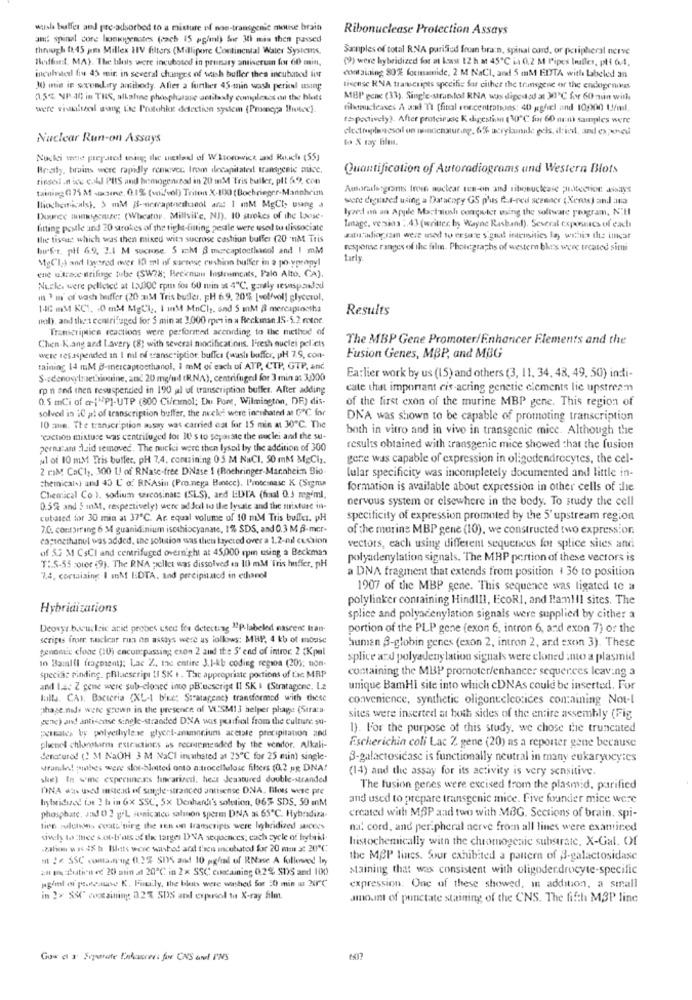
wash buffer and pre-adsorbed to a mixture of non-transgenic mousse brain
Ribonuclease Protection Assays
am! spinal core honvigentes (cach 15 pg/ml) for 30 min then passed
through 01:45 pm Millex HIV filters (Millipore Continental Water Systems,
Samples of total R.NA purified from bran, spinal cord, or peripheral nerve
Bedthat, MA). The hills were incubated in primary antiseruin for 60 min,
(9) were hybridized for at least 12 h at 45℃ ia 0,2 M Pipes truffes, pl 64,
incubated fiu 45 mir in several changes of weish buffer thea incubated fist
containing 80% formamide, 2 M NaCI, and 5 mM EDTA with labeled an
30 min in soccomdiry antibody. Alier a further 45-min wash period using
license RNA transcripts specific far cither the transgene or the endogrnives
0.5% NP.16 in THS, alkaline phosphatase antibody complexes on the blatt
MBl' gene (33). Single-strandof RNA was diposted at 30"℃ for 60 man with
were riskitol wang Le Protohlot delection system (Promega Biotec]
filenucleases A and 0 (fital rescentratsans: 40 ggfal and 10000 U/ml.
fåpoctively). After proteinuse K eligestima (30℃ for 60 nen) samples were
electrophasesol on icenatur.se, 6% acrybanka eds, dial, and expense
Nuclear Run-on Assays
Nucki were prepared wing; the misled of W.Itorowick and Rucha (55)
Really, twains were rapidly removee Inom ilecapitatest transgenic alice.
Quantification of Autoradiograms and Western Blots
tirdel .n wu cold PIS and benwogen sed in 20 mM Tris buller, plt 6.9. con
taining ( 71 M -aczene, 0.1% (vid/vol) Triton X-100 (Bochrieger-Mannheim
Amorallesgroms Iron nuclear ren-in and ribonuclease protection assays
were cesaret using a Datacopy GS p'us f.t-red scanner {Xerox) and ana
Biochemicals}. 5 mM j-nescapeneshinol arat 1 mM MgCl, using a
lyzed an an Apple Mactosh computer using the software program, N.Il
Inec masem (Wheator, Millvil'e, NJ). 10 strokes of the Loose-
fitting pestle and 20 strokes of the tight-fitting pestle were used to dissociate
Image, version : 43 (writter by Wayne Rasband). Several exposacs of each
the tiscat which was then mixed with sucrose castion buffer (20 -nM Tris
saturadiogoaan were used to ersare signat indensities lay within the ithcar
buf-t. pt 6.9. 2.1 M sucine, S aM $ mercaptoctlescol and I mM
response ranges of the film. Photographs of western bless were treated simi
MgCla) and Iwysred ower 10 ml of sarsose cushion buffer in a po-ypropyl
tarl
ene w.trace nrifuge tube (SW28; Becknum Instrumcats, Palo Alto. CA).
Nezle, were pelleted at 13000 rpm dos 60 min = 4℃. geraly sesmspandad
m ' m' of wash buffer (20 3M Tris butler, pH 6.9. 20% [vel/vol] glycerol,
1446 mM KCI, . 0 mM MgCl, I mM MnCl), and 5 mnM @ mercaptostha
Results
dob), and that centrifuged for 5 min at 1,000 mes in a Rockman IS. 5.2 rotoe.
Transcrijuice reactions were performed according to the method of
Chen Kang and I.avery (8) with several nincifications. Fresh nuclei pel'ets
The MBP Gene Promoter/Enhancer Elements and the
were res sipended in I nil of transcription, buffer (washi boffer, pH 7.9, con-
Fusion Genes, MBP, and MBG
mining 14 mM @-mercaptoethanol, I mM of each of ATP, CTP, GTP, and
S. denosyluetsiccine, and 20 mg/ml (R.NA), centrifugal for 3 min a: 3,000
Earlier work by us (15) and others (3, 11, 34, 48, 49, 50) indi-
rp n and then resuspended in 190 al uf transcription buffer. After adding
cate that important cis-acting genetic elements lie upstream
0.5 mCi of a-1"PI-UTP (300 Ci/rmol; Du Pont, Wilmington, DF) dis-
of the first exon of the murine MBP gene. This region of
solved in 10 al of transcription buffer, the necki wore incubated at G℃ for
DNA was shown to be capable of promoting transcription
10 aun. The transcription assay was carried cat for 15 min at 30℃. The
both in vitro and in vivo in transgenic mice. Although the
"(action mixture was centrifuged tor IU s to separate the nuclei and the su-
pernacant :laid removed. The nuclei were then lysod by the addition of 300
results obtained with transgenic mice showed that the fusion
u1 of 10 mM Tris butler. pH 7,4, containing 05 M NaCI, 50 mM MgClz.
gene was capable of expression in oligodendrocytes, the cel-
2 mM CaC12. 300 U! of RNase-free DNase 1 (Rochringer-Marchein Bio.
lular specificity was incompletely documented and little in-
chemical) und 43 U o RNAsin (Pro.nega Buntcc), Proteinese K (Sigma
formation is available about expression in other cells of the
Chemical Co 1. sodium sarcosinate (SLS), and EDTA (faal 0.3 mg/ml,
nervous system or elsewhere in the body. To study the cell
0.5% and 5 mM, respectively) were added to the lysate and the mixture in-
cubated for 30 min at 37℃. Ar. equal volume of 10 mM Tris bullet. pH
specificity of expression promoted by the 5' upstream region
7.0. contarring 6 34 guanidinium ischiocyanate, 1% SDS, and 0.3 M B-mer-
of the marine MBP gene (10), we constructed two expression.
copsnethanul was added, une solution was then layered over a 1.2-nil cushion
of 5.2 M CsCI and centrifuged overnight at 45,000 rpm using a Beckman
vectors, each using different sequences for splice sites and
polyadenylation signals. The MRP pertion of these vectors is
T :. 5-55 poter (9), The RNA pellet was dissolved en 10 mM Tris huffer, pH
a DNA fragment that extends from position + 36 to position
7.4, commaiaing I mM EDTA. and precipitated in ethanol
1907 of the MBP gene. This sequence was ligated te a
polylinker containing HindlIl, EcoRI, and Ramtil sites. The
Hybridizations
splice and polyacenylation signals were supplied by cither a
Deover haudric arid probes etec for detecting 12P-labeled nascent han-
portion of the PLP gene (exon 6, intron 6, and exon 7) or the
seripes from nuclear run on assays were as follows: MBP. 4 kb of mouse
genomic clone (U) encompassing exon 2 and the S' end of intror. 2 Kpel
human 3-globin genes (exon 2, intron 2, and exon 3). These
splice and polyadenylation signals were cloned into a plasmid
10 Bailil fragmenty: Lac Z ., the entire 3.1-kb coding regioa (20): non.
containing the MBP promoter/enhancer sequerces leaving a
speciac vinding. pBluescrips (I SK .. The appropriate portions of fac MRP
and I.a. Z gene were sub-closed into pBocscript II SK & (Stratagene, La
unique BamHI site into which cDNAs could be inserted. For
lolla. CAI. Bacteria (XL-I bike: Stratagene) transformed with these
convenience, synthetic oligonucleorices containing Not-l
phage nads were grown in the presence of V.SMI 3 helper phage (Strata
gene) and antiscuse single-stranded DNA was perfil from the cultare su-
sites were inserted at both sides of the entire assembly (Fig
petrales by polyethylene glycel-anamncium acetate precipitation and
1). For the purpose of this study. we chose the truncated
phenol chlorotarm extractions as recearmended by the vendor. Alkali-
Escherichia coli Lac 2 gene (20) as a reporter gene because
denatured (! M NaOH 3 M NaCl incubated at 25℃ for 25 min) single-
3-galactosicase is functionally neutral in many eukaryocytes
wrande! pinhes were slot-blotted onto a trocellulose filters (0.2 ag DNA!
(14) and the assay for its activity is very sensitive.
she) In wme experuncas lincarined. hest Jesatured double-stranded
DNA was used instead of surge-stranded antisense DNA, Bloes wese pre
The fusion genes were excised from the plasmid, purified
Itsriduod ist 2 la in 6x SSC, 5x Denhard's solution, 06%- SDS. 50 mM
and used to prepare transgenic mice. Five fourkier mice were
phosphate, Jod 0 2 g'L sonicalco salinon sperm DNA a 65℃. Hybridiza-
created with MBP aad two with MBG. Sections of brain. spi-
tien solutions coats ning the ts on transcripts were libridized succes
na: cord, and peripheral nerve froen all lines were examined
sively to thee sost-b'als of the target DNA sequences; each cycle of trybil.
histochemically with the chromogenic substrate, X-Gal. Of
.zalios w 1 48 h Hilets were washed and faci incubated for 20 mm x 20℃
m !< SSC coma.mng 01.2% SI5 and 10 pg/ml of RNase A followed by
the MCP lines. Sour exhibited a pattern of 3-galactosidase
an im zutica e 20 atin at 20℃ in 2x SSC containing 02% SDS and I(0)
staining that was consistent with oligodendrocyte-specific
pg/ml of postcause K. Family, the blas were washed for 20 min m 3'℃
expression. One of these showed, in addition, a small
in 2> SSC containing 0.2% SDS and expriol ta X-ray film.
amount of punctate staining of the CNS. The fifth M3P line
Gos ct 3 Separate Enkasser: for CNS and I'MS